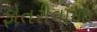
ફોતરીવાળા